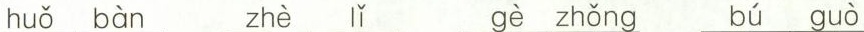
huǒ bàn zhè lǐ gè zhǒng bú guò